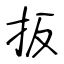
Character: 扳